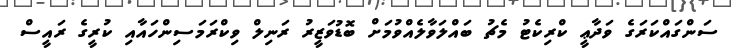
ސަންގައްކަރަގެ ވަދާޢީ ކްރިކެޓު މެޗު ބައްލަވާލެއްވުމަށް ބޮޑުވަޒީރު ރަނިލް ވިކްރަމަސިންހައާއި ކުރީގެ ރައީސް